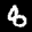
Label: 8